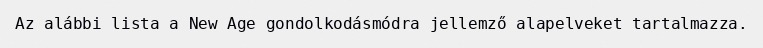
Az alábbi lista a New Age gondolkodásmódra jellemző alapelveket tartalmazza.